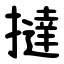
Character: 撻